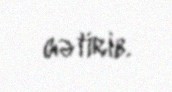
gətirib.